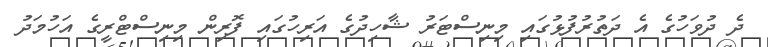
ދެ ދުވަހުގެ އެ ދަތުރުފުޅުގައި މިނިސްޓަރު ޝާހިދުގެ އަރިހުގައި ފޮރިން މިނިސްޓްރީގެ އަހުމަދު